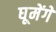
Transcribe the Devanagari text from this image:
घूमेंगे